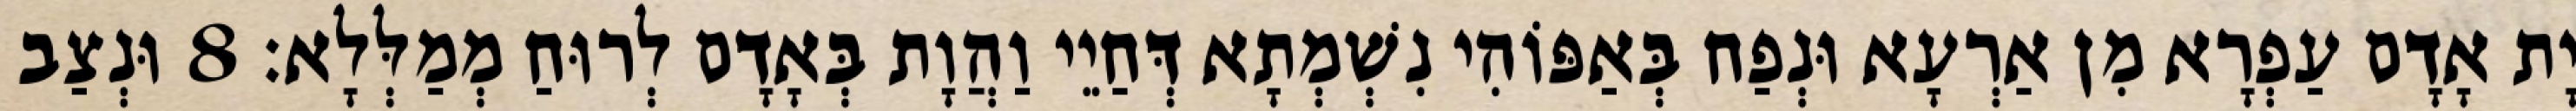
יָת אָדָם עַפְרָא מִן אַרְעָא וּנְפַח בְּאַפּוֹהִי נִשְׁמְתָא דְּחַיֵי וַהֲוָת בְּאָדָם לְרוּחַ מְמַלְּלָא׃ 8 וּנְצַב